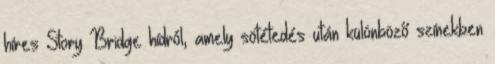
híres Story Bridge hídról, amely sötétedés után különböző színekben